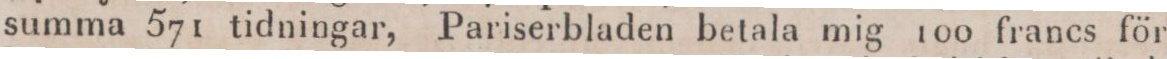
summa 571 tidningar, Pariserbladen betala mig 100 francs för